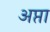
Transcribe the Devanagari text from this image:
अप्ता